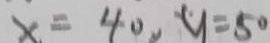
x = 4 0 , y = 5 0